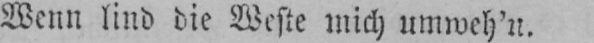
Wenn lind die Weste mich umweh’n.